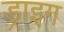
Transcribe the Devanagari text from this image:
ड्राइग